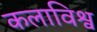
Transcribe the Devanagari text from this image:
कलाविश्व